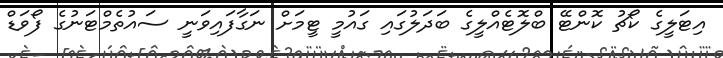
އިޓަލީގެ ކޯޗު ކޮންޓޭ ބްލޮޓެއްލީގެ ބަދަލުގައި ގައުމީ ޓީމަށް ނަގާފައިވަނީ ސައުތެމްޓަނުގެ ފޯވަޑް